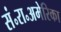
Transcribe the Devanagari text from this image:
सं॰रा॰अमेरिका